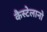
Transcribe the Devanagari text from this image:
कैस्टेलानो